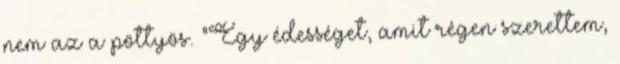
nem az a pöttyös. "Egy édességet, amit régen szerettem,